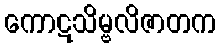
ကောဋသိမ္ဗလိဇာတက